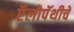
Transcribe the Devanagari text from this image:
ऍलोपॅथीचे